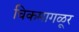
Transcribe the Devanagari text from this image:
चिकमागळूर